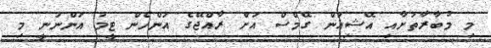
މި މުބާރާތަށާއި އޭޝިއަން ގޭމްސް އަށް ރާއްޖޭގެ އަންހެން ޓީމު އަންނަނީ މި